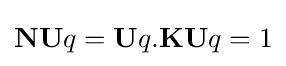
\mathbf {NU} q=\mathbf {U} q.\mathbf {KU} q=1